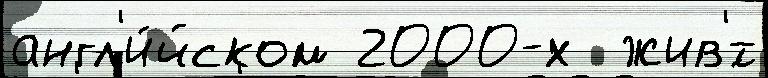
англ'и́йском 2000-х  жив'́т